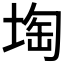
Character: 𡍒